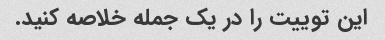
این توییت را در یک جمله خلاصه کنید.